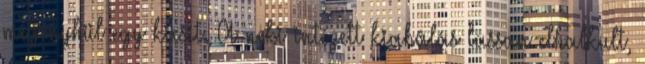
megenyhül egy kicsit. A neki intézett kiabálás lassan elhalkult,